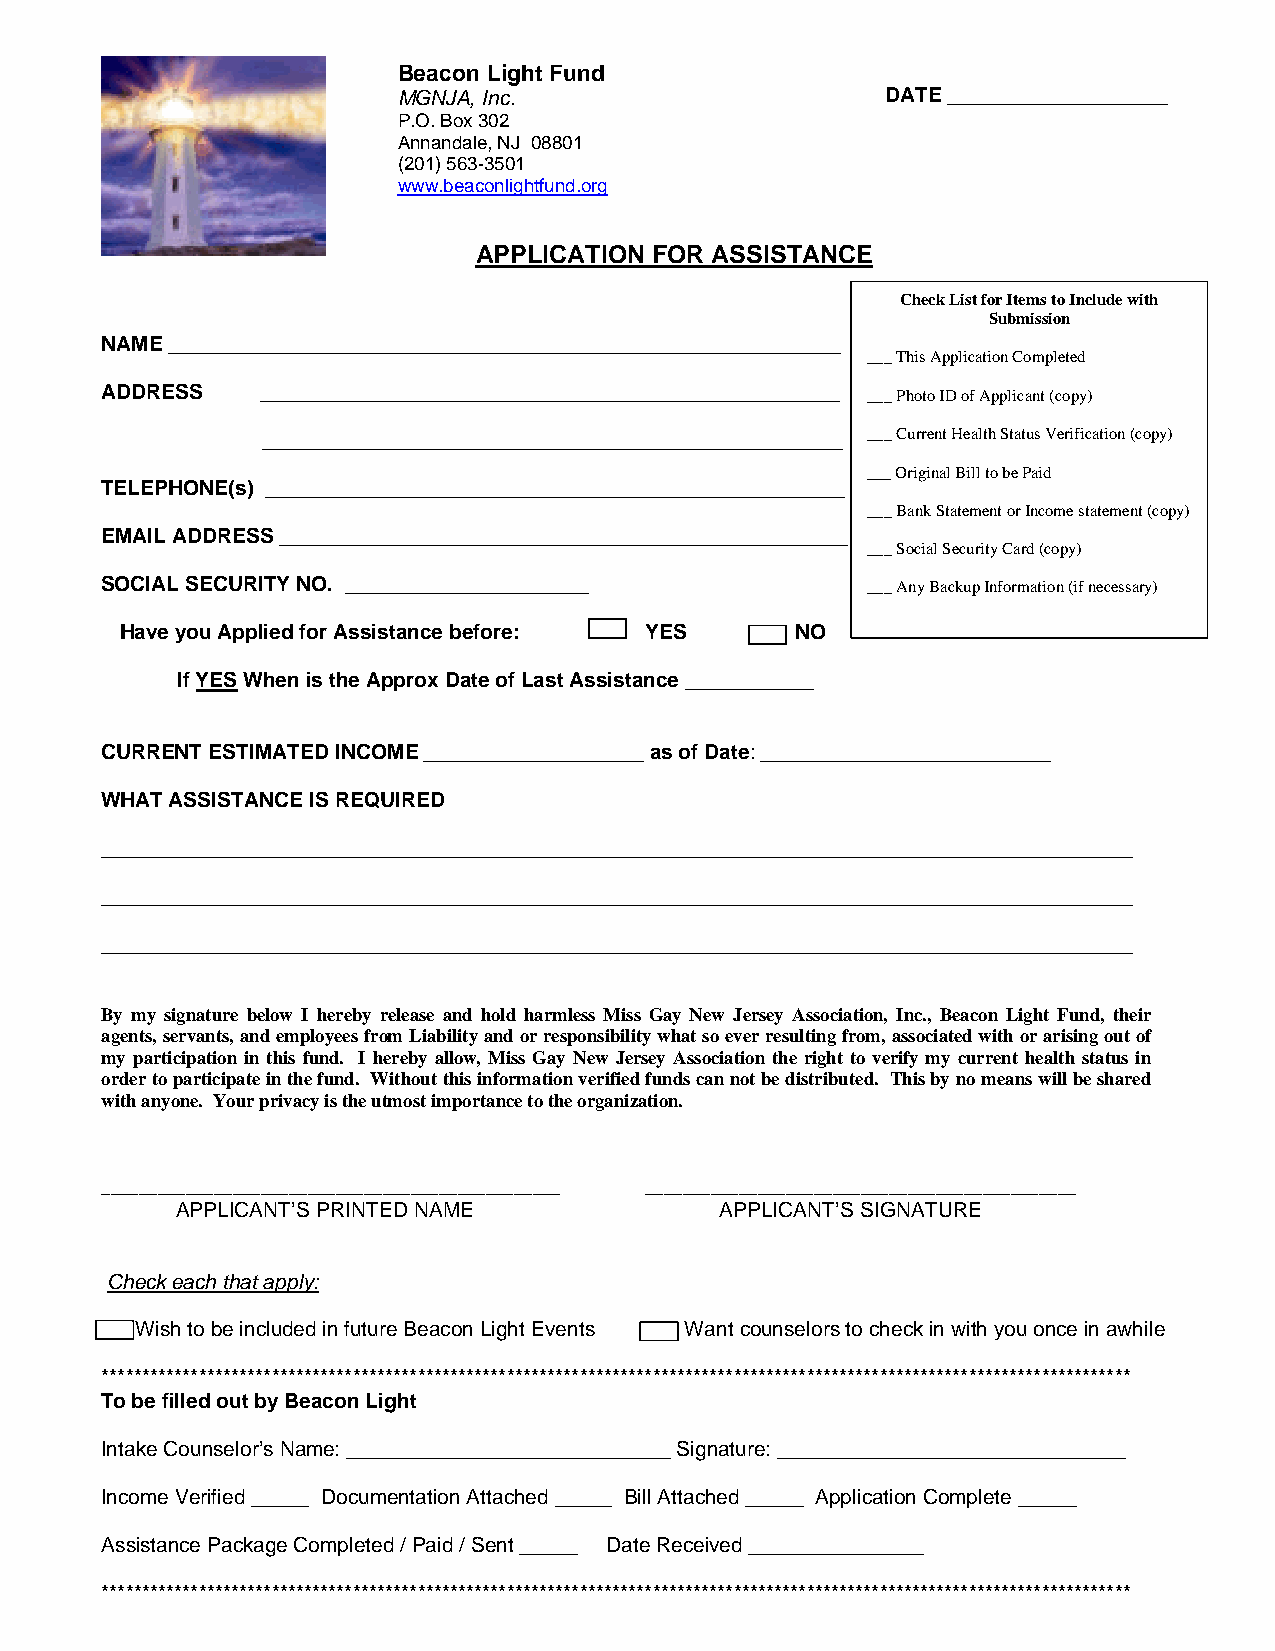
Beacon Light Fund
 MGNJA, Inc.                      DATE ___________________
 P.O. Box 302
 Annandale, NJ 08801
 (201) 563-3501
 www.beaconlightfund.org
 APPLICATION FOR ASSISTANCE
 Check List for Items to Include with
 Submission
 NAME __________________________________________________________
 ___ This Application Completed
 ADDRESS   __________________________________________________ ___ Photo ID of Applicant (copy)
 __________________________________________________ ___ Current Health Status Verification (copy)
 ___ Original Bill to be Paid
 TELEPHONE(s) __________________________________________________
 ___ Bank Statement or Income statement (copy)
 EMAIL ADDRESS _________________________________________________
 ___ Social Security Card (copy)
 SOCIAL SECURITY NO. _____________________         ___ Any Backup Information (if necessary)
 Have you Applied for Assistance before: YES  NO
 If YES When is the Approx Date of Last Assistance ___________
 CURRENT ESTIMATED INCOME ___________________ as of Date: _________________________
 WHAT ASSISTANCE IS REQUIRED
 _________________________________________________________________________________________
 _________________________________________________________________________________________
 _________________________________________________________________________________________
 By my signature below I hereby release and hold harmless Miss Gay New Jersey Association, Inc., Beacon Light Fund, their
 agents, servants, and employees from Liability and or responsibility what so ever resulting from, associated with or arising out of
 my participation in this fund. I hereby allow, Miss Gay New Jersey Association the right to verify my current health status in
 order to participate in the fund. Without this information verified funds can not be distributed. This by no means will be shared
 with anyone. Your privacy is the utmost importance to the organization.
 _________________________________________________ ______________________________________________
 APPLICANT’S PRINTED NAME            APPLICANT’S SIGNATURE
 Check each that apply:
 Wish to be included in future Beacon Light Events Want counselors to check in with you once in awhile
 *******************************************************************************************************************************
 To be filled out by Beacon Light
 Intake Counselor’s Name: ____________________________ Signature: ______________________________
 Income Verified _____ Documentation Attached _____ Bill Attached _____ Application Complete _____
 Assistance Package Completed / Paid / Sent _____ Date Received _______________
 *******************************************************************************************************************************